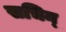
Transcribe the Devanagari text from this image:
सचिन्